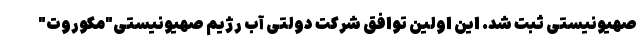
صهیونیستی ثبت شد. این اولین توافق شرکت دولتی آب رژیم صهیونیستی"مکوروت"